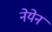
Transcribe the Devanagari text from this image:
नेयेन